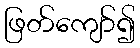
ဖြတ်ကျော်၍